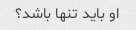
او باید تنها باشد؟